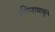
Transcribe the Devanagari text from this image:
प्रथिनामधून